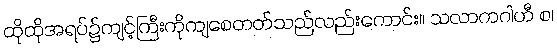
ထိုထိုအရပ်၌ကျင့်ကြီးကိုကျစေတတ်သည်လည်းကောင်း။ သလာကဂါဟီ စ၊